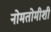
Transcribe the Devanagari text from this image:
नोमतोमीशी